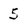
Character: 5